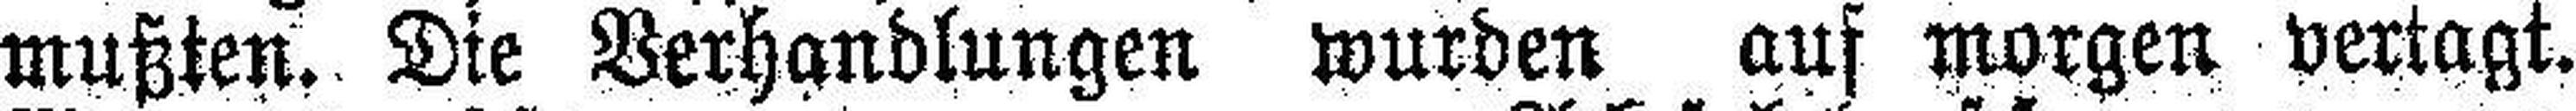
mußten. Die Verhandlungen wurden auf morgen vertagt.